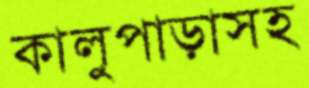
কালুপাড়াসহ